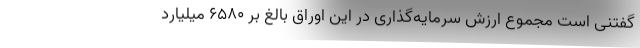
گفتنی است مجموع ارزش سرمایه‌گذاری در این اوراق بالغ‌ بر 6580 میلیارد